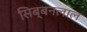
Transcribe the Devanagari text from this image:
सिब्‍बनलाल